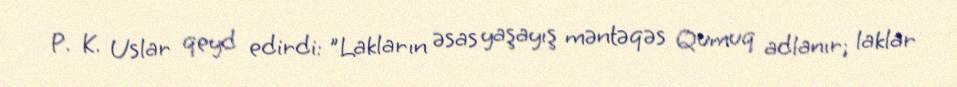
P. K. Uslar qeyd edirdi: "Lakların əsas yaşayış məntəqəs Qumuq adlanır; laklar